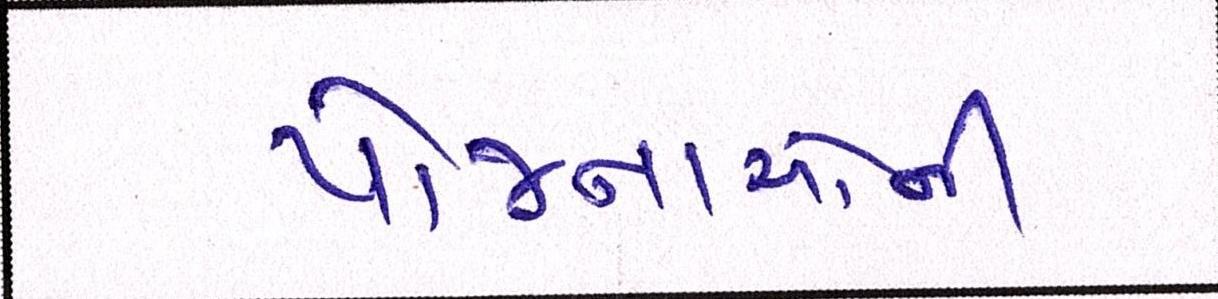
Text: યોજનાઓની